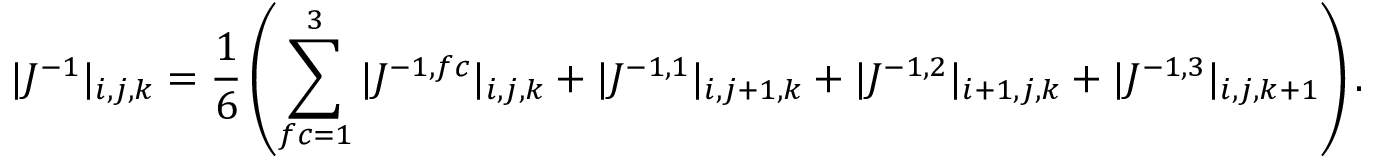
| J ^ { - 1 } | _ { i , j , k } = \frac { 1 } { 6 } \left( \sum _ { f c = 1 } ^ { 3 } | J ^ { - 1 , f c } | _ { i , j , k } + | J ^ { - 1 , 1 } | _ { i , j + 1 , k } + | J ^ { - 1 , 2 } | _ { i + 1 , j , k } + | J ^ { - 1 , 3 } | _ { i , j , k + 1 } \right) .